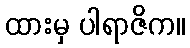
ထားမှ ပါရာဇိက။